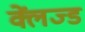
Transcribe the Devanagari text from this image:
क्लेंज्ड